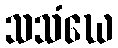
သသံဃေ